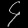
Digit: ၄